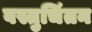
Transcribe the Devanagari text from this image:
वस्तुचिंतन